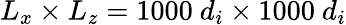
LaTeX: L_{x}\times L_{z}=1000~d_{i}\times 1000~d_{i}